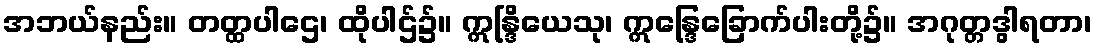
အဘယ်နည်း။ တတ္ထပါဌေ၊ ထိုပါဌ်၌။ ဣန္ဒြိယေသု၊ ဣန္ဒြေခြောက်ပါးတို့၌။ အဂုတ္တဒွါရတာ၊